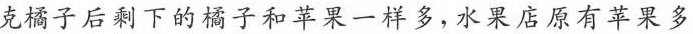
克橘子后剩下的橘子和苹果一样多，水果店原有苹果多